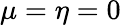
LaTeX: \mu=\eta=0